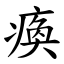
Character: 瘓